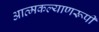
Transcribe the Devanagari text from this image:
आत्मकल्याणरूपी